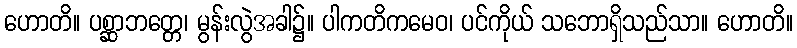
ဟောတိ။ ပစ္ဆာဘတ္တေ၊ မွန်းလွဲအခါ၌။ ပါကတိကမေဝ၊ ပင်ကိုယ် သဘောရှိသည်သာ။ ဟောတိ။